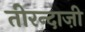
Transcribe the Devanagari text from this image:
तीरन्दाज़ी